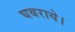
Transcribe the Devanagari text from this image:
घबराये।